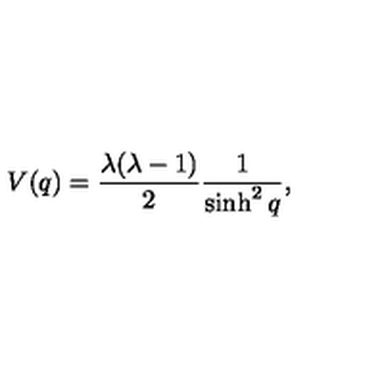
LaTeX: V ( q ) = \frac { \lambda ( \lambda - 1 ) } { 2 } \frac { 1 } { \sinh ^ { 2 } q } ,